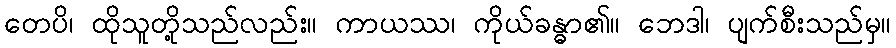
တေပိ၊ ထိုသူတို့သည်လည်း။ ကာယဿ၊ ကိုယ်ခန္ဓာ၏။ ဘေဒါ၊ ပျက်စီးသည်မှ။